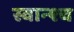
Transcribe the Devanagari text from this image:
स्वान्श्च